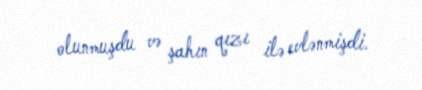
olunmuşdu və şahın qızı ilə evlənmişdi.